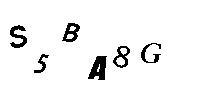
S5BA8G